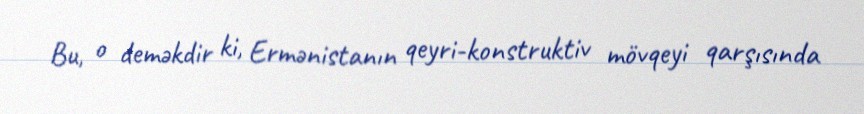
Bu, o deməkdir ki, Ermənistanın qeyri-konstruktiv mövqeyi qarşısında